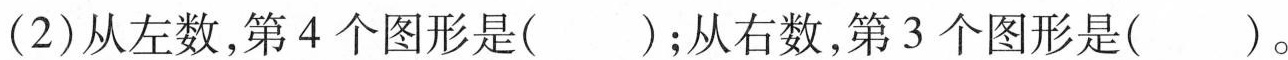
(2)从左数,第4个图形是( );从右数,第3个图形是( )。